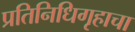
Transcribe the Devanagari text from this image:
प्रतिनिधिगृहाचा